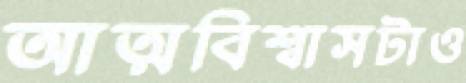
আত্মবিশ্বাসটাও